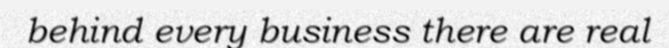
behind every business there are real